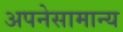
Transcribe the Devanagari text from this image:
अपनेसामान्य